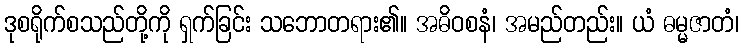
ဒုစရိုက်စသည်တို့ကို ရှက်ခြင်း သဘောတရား၏။ အဓိဝစနံ၊ အမည်တည်း။ ယံ ဓမ္မဇာတံ၊